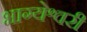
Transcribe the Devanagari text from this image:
भाग्येश्वरी